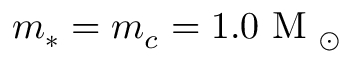
m _ { * } = m _ { c } = 1 . 0 \mathrm { ~ M ~ } _ { \odot }